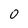
Character: 0